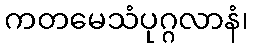
ကတမေသံပုဂ္ဂလာနံ၊